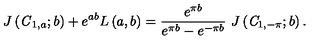
J \left( { \it C } _ { 1 , a } ; b \right) + e ^ { a b } L \left( a , b \right) = \frac { e ^ { \pi b } } { e ^ { \pi b } - e ^ { - \pi b } } \ J \left( { \it C } _ { 1 , - \pi } ; b \right) .